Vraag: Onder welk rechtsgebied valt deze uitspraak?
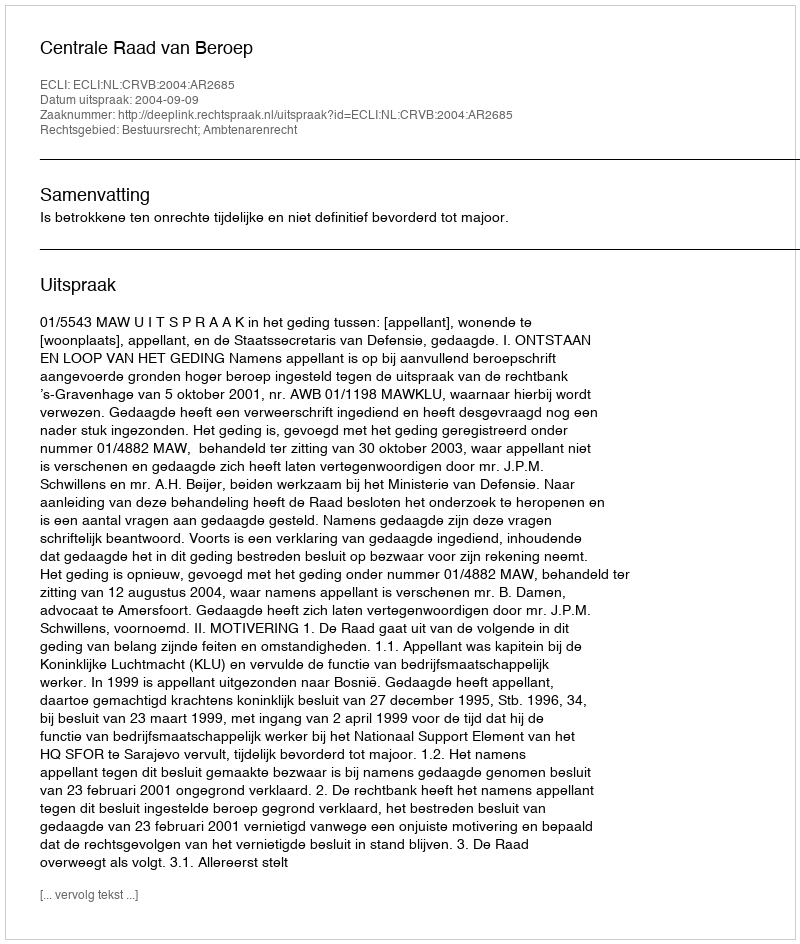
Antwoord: Bestuursrecht; Ambtenarenrecht